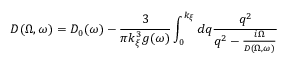
D ( \Omega , \omega ) = D _ { 0 } ( \omega ) - \frac { 3 } { \pi k _ { \xi } ^ { 3 } g ( \omega ) } \int _ { 0 } ^ { k _ { \xi } } d q \frac { q ^ { 2 } } { q ^ { 2 } - \frac { i \Omega } { D ( \Omega , \omega ) } }